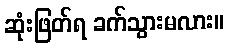
ဆုံးဖြတ်ရ ခက်သွားမလား။